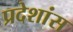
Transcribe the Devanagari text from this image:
प्रदेशांस